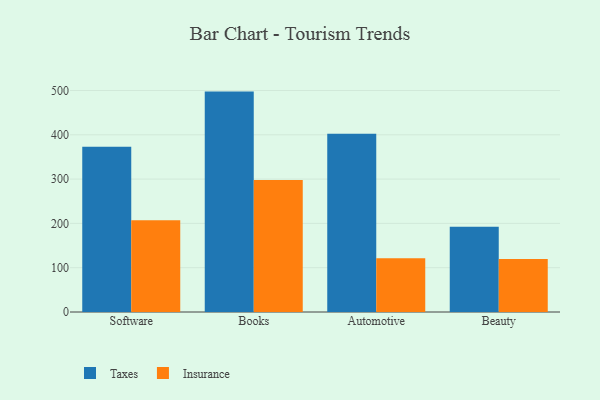
{"axis": {"x": "Category", "y": "Bounce Rate (%)"}, "legend": ["Insurance", "Taxes"], "data": [{"x": "Software", "y": 373.2, "type": "Taxes"}, {"x": "Software", "y": 207.3, "type": "Insurance"}, {"x": "Books", "y": 497.5, "type": "Taxes"}, {"x": "Books", "y": 298.1, "type": "Insurance"}, {"x": "Automotive", "y": 402.3, "type": "Taxes"}, {"x": "Automotive", "y": 121.4, "type": "Insurance"}, {"x": "Beauty", "y": 192.3, "type": "Taxes"}, {"x": "Beauty", "y": 119.8, "type": "Insurance"}]}